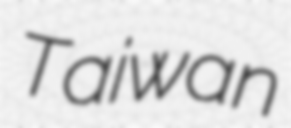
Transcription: Taiwan